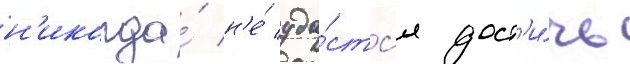
н'икогда́ н'е́ уда́стс'я дост'и́чь